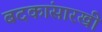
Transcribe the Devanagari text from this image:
बदकांसारखी